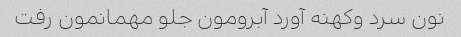
نون سرد وکهنه آورد آبرومون جلو مهمانمون رفت